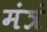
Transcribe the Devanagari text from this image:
मंत्रं